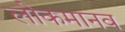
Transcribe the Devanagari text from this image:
लोकमानव